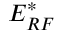
E _ { R F } ^ { * }